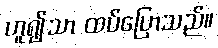
ဟူ၍သာ ထပ်ပြောသည်။